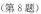
(第8题)